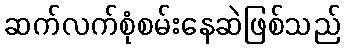
ဆက်လက်စုံစမ်းနေဆဲဖြစ်သည်